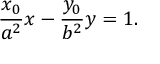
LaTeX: { \frac { x _ { 0 } } { a ^ { 2 } } } x - { \frac { y _ { 0 } } { b ^ { 2 } } } y = 1 .